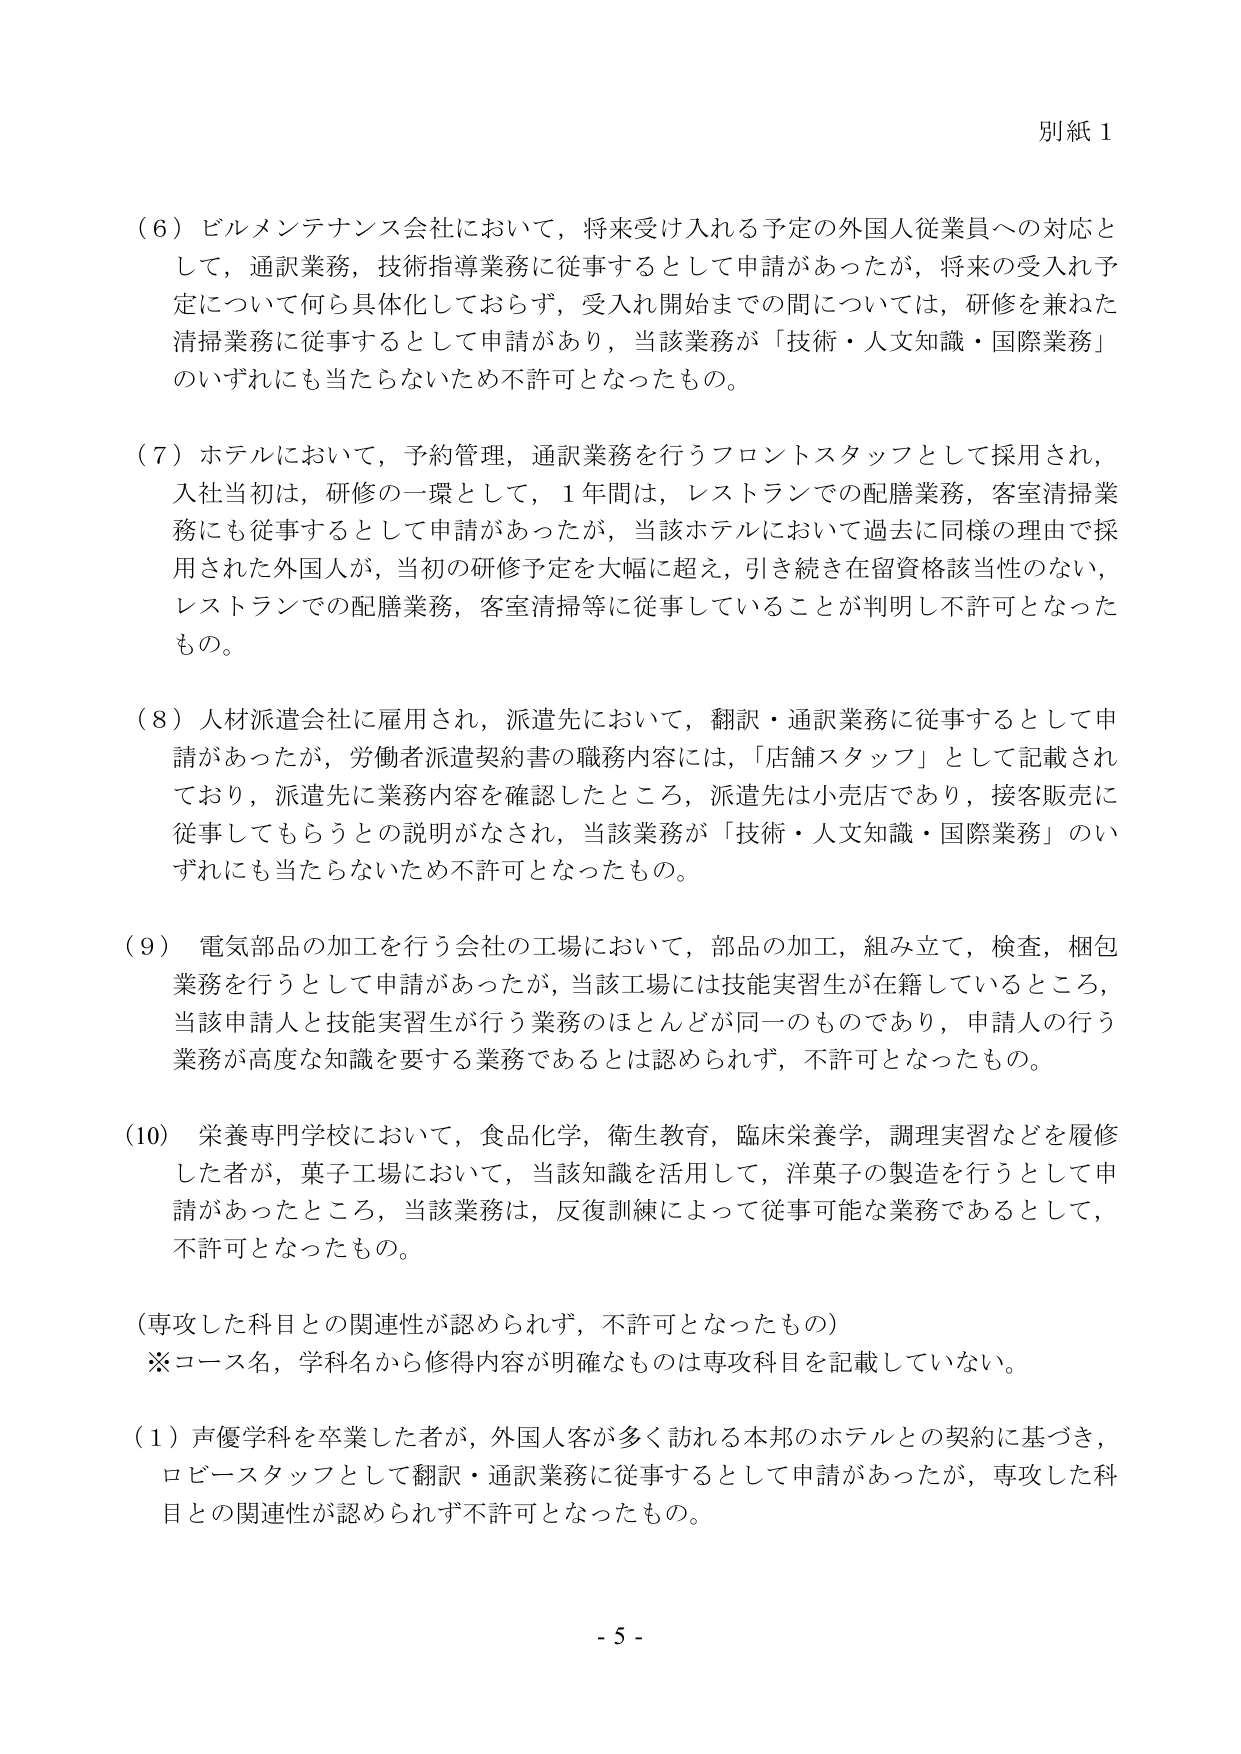
別紙１

（６）ビルメンテナンス会社において，将来受け入れる予定の外国人従業員への対応として，通訳業務，技術指導業務に従事するとして申請があったが，将来の受入れ予定について何ら具体化しておらず，受入れ開始までの間については，研修を兼ねた清掃業務に従事するとして申請があり，当該業務が「技術・人文知識・国際業務」のいずれにも当たらないため不許可となったもの。

（７）ホテルにおいて，予約管理，通訳業務を行うフロントスタッフとして採用され，入社当初は，研修の一環として，１年間は，レストランでの配膳業務，客室清掃業務にも従事するとして申請があったが，当該ホテルにおいて過去に同様の理由で採用された外国人が，当初の研修予定を大幅に超え，引き続き在留資格該当性のない，レストランでの配膳業務，客室清掃等に従事していることが判明し不許可となったもの。

（８）人材派遣会社に雇用され，派遣先において，翻訳・通訳業務に従事するとして申請があったが，労働者派遣契約書の職務内容には，「店舗スタッフ」として記載されており，派遣先に業務内容を確認したところ，派遣先は小売店であり，接客販売に従事してもらうとの説明がなされ，当該業務が「技術・人文知識・国際業務」のいずれにも当たらないため不許可となったもの。

（９）電気部品の加工を行う会社の工場において，部品の加工，組み立て，検査，梱包業務を行うとして申請があったが，当該工場には技能実習生が在籍しているところ，当該申請人と技能実習生が行う業務のほとんどが同一のものであり，申請人の行う業務が高度な知識を要する業務であるとは認められず，不許可となったもの。

（10）栄養専門学校において，食品化学，衛生教育，臨床栄養学，調理実習などを履修した者が，菓子工場において，当該知識を活用して，洋菓子の製造を行うとして申請があったところ，当該業務は，反復訓練によって従事可能な業務であるとして，不許可となったもの。

（専攻した科目との関連性が認められず，不許可となったもの）
※コース名，学科名から修得内容が明確なものは専攻科目を記載していない。

（１）声優学科を卒業した者が，外国人客が多く訪れる本邦のホテルとの契約に基づき，ロビースタッフとして翻訳・通訳業務に従事するとして申請があったが，専攻した科目との関連性が認められず不許可となったもの。

- 5 -